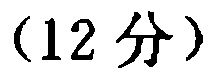
（12 分）